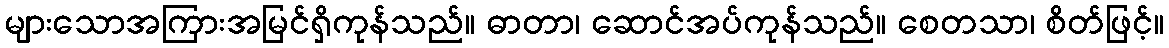
များသောအကြားအမြင်ရှိကုန်သည်။ ဓာတာ၊ ဆောင်အပ်ကုန်သည်။ စေတသာ၊ စိတ်ဖြင့်။